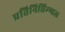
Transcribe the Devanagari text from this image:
प्रतिनिधिम्ण्डल